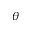
\theta